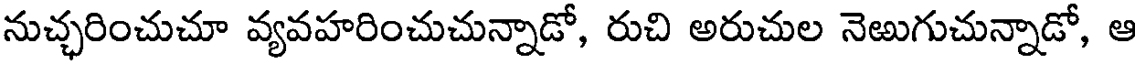
నుచ్ఛరించుచూ వ్యవహరించుచున్నాడో, రుచి అరుచుల నెఱుగుచున్నాడో, ఆ